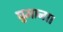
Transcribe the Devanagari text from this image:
घुमाना।